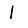
Digit: 1